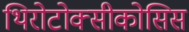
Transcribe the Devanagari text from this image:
थिरोटोक्सीकोसिस